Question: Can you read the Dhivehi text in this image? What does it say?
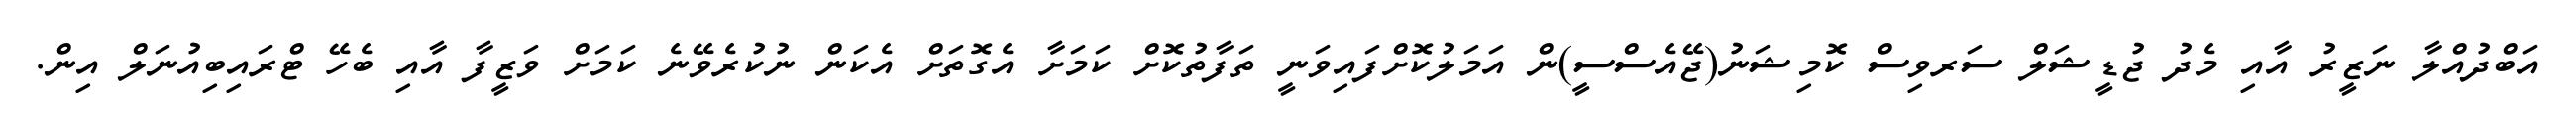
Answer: އަބްދުއްލާ ނަޒީރު އާއި މެދު ޖުޑީޝަލް ސަރވިސް ކޮމިޝަނު(ޖޭއެސްސީ)ން އަމަލުކޮށްފައިވަނީ ތަފާތުކޮށް ކަމަށާ އެގޮތަށް އެކަން ނުކުރެވޭނެ ކަމަށް ވަޒީފާ އާއި ބެހޭ ޓްރައިބިއުނަލް އިން.